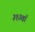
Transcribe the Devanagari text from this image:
३१३वॉ